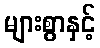
များစွာနှင့်